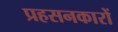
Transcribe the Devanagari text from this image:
प्रहसनकारों